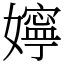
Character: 嬣